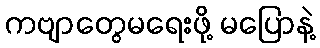
ကဗျာတွေမရေးဖို့ မပြောနဲ့